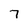
Character: 7